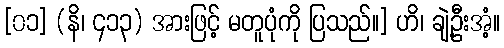
[၀၁] (နိ၊ ၄၁၃) အားဖြင့် မတူပုံကို ပြသည်။] ဟိ၊ ချဲ့ဦးအံ့။